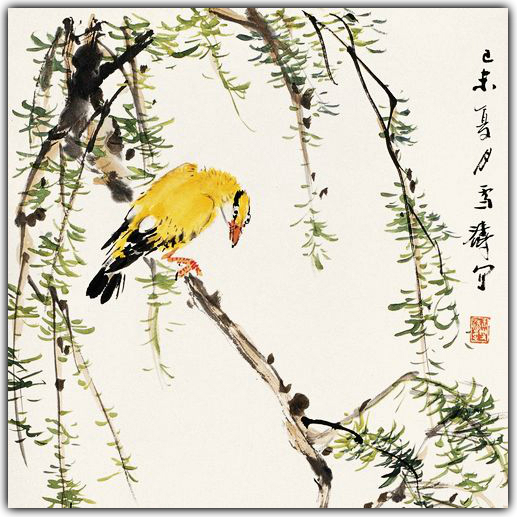
带雨牡丹无气力，黄鹂愁雨湿。